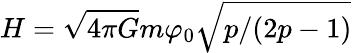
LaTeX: H=\sqrt{4\pi G}m\varphi_{0}\sqrt{p/(2p-1)}